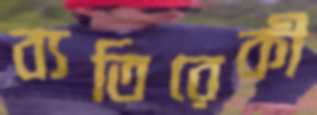
ব্যতিরেকী